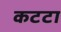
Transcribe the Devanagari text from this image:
कटटा